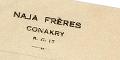
Naja Frères Conakry